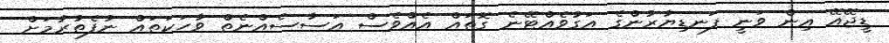
ޑީޖޭއޭ އިން ވަނީ ފަނޑިޔާރުންގެ އަގުވެއްޓޭނެ ގޮތައް އެއްވެސް އަސާސެއްނެތް ވާހަކަތައް ނުފެތުރުމަށް